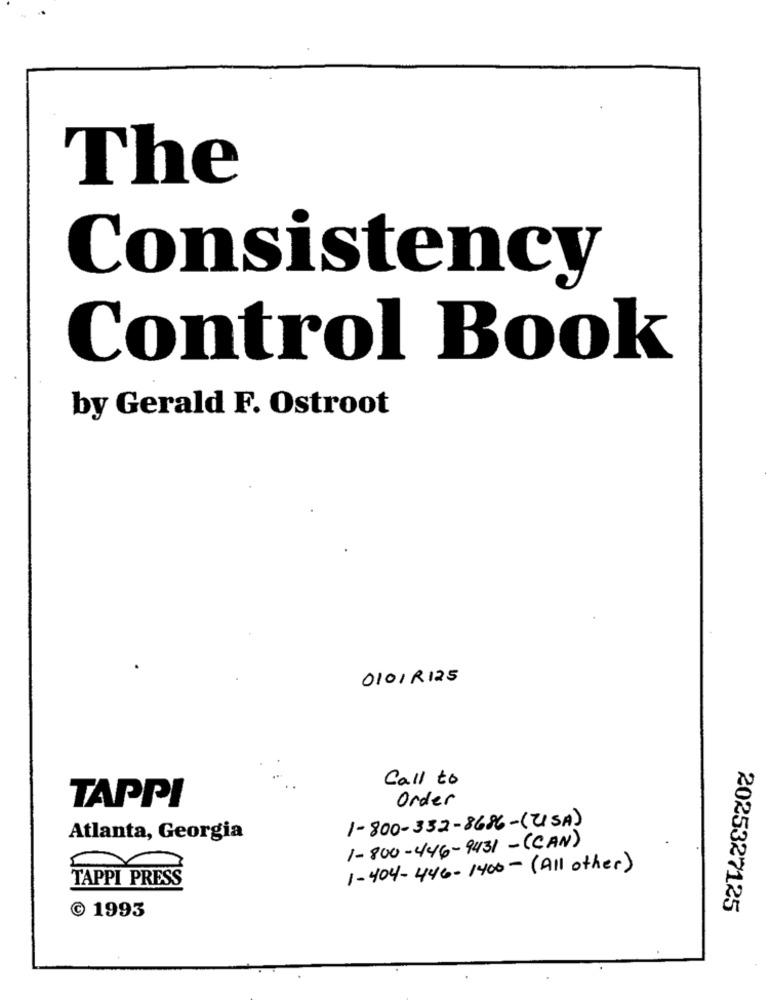
The
Consistency
Control Book
by Gerald F. Ostroot
0101R125
Call to
TAPPI
Order
1-800-332-8686-(USA)
Atlanta, Georgia
1-800-446-9431 -(CAN)
1-404-446-1400- (All other)
TAPPI PRESS
2025327125
C 1993